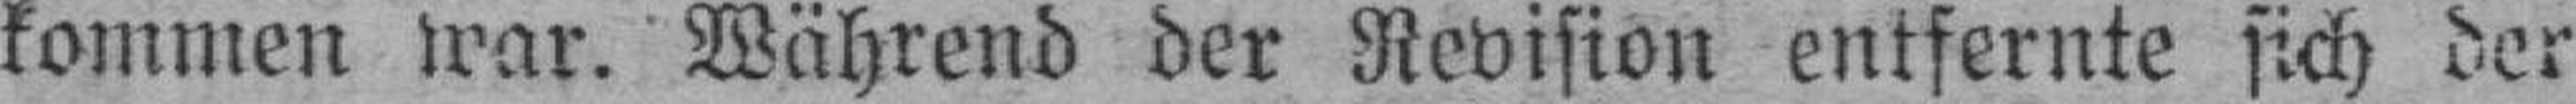
kommen war. Während der Revision entfernte sich der